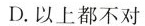
D.以上都不对